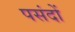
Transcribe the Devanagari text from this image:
पसंदों